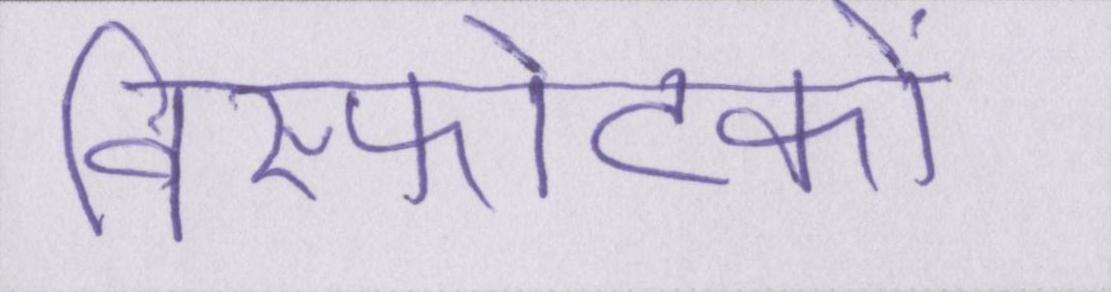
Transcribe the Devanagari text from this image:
विस्फोटकों